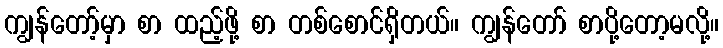
ကျွန်တော့်မှာ စာ ထည့်ဖို့ စာ တစ်စောင်ရှိတယ်။ ကျွန်တော် စာပို့တော့မလို့။